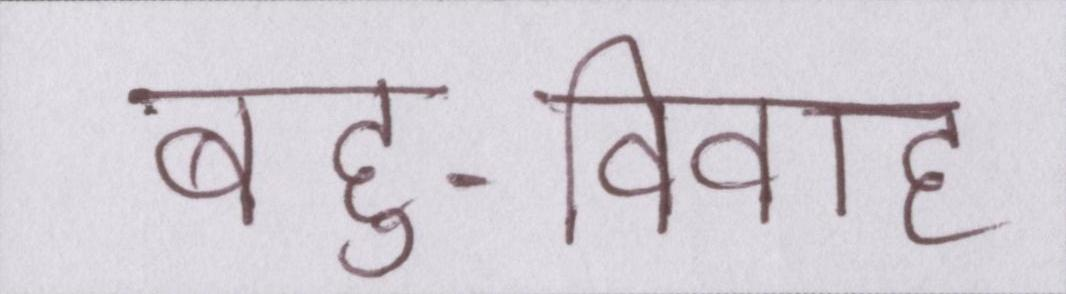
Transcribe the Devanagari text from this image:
बहु-विवाह